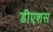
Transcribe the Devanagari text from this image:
डीएशस